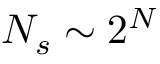
N _ { s } \sim 2 ^ { N }